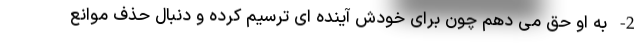
2- به او حق می دهم چون برای خودش آینده ای ترسیم کرده و دنبال حذف موانع